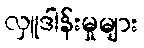
လှူဒါန်းမှုများ